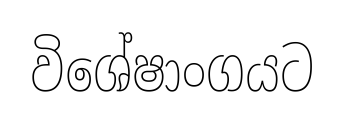
විශේෂාංගයට